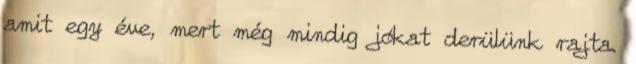
amit egy éve, mert még mindig jókat derülünk rajta.